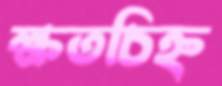
ক্ষতচিহ্ন